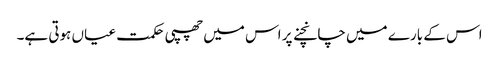
اس کے بارے میں چانچنے پر اس میں چھپی حکمت عیاں ہوتی ہے۔